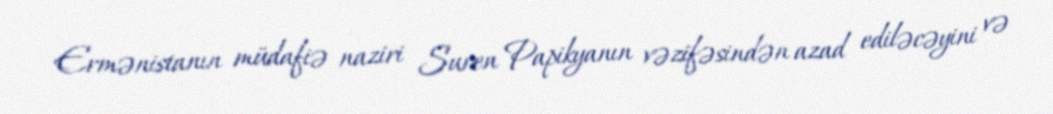
Ermənistanın müdafiə naziri Suren Papikyanın vəzifəsindən azad ediləcəyini və